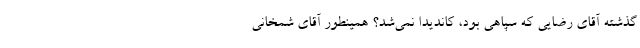
گذشته آقای رضایی که سپاهی بود، کاندیدا نمی‌شد؟ همینطور آقای شمخانی